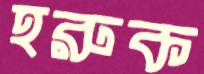
হরুক